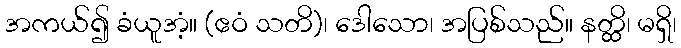
အကယ်၍ ခံယူအံ့။ (ဧဝံ သတိ)၊ ဒေါသော၊ အပြစ်သည်။ နတ္ထိ၊ မရှိ၊